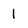
Character: l